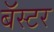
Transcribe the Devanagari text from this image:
बॅस्टर